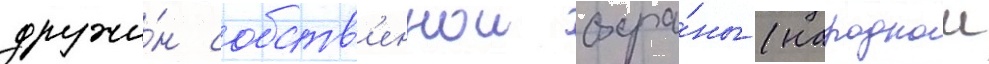
дружи́н собств'еннои охра́ны (народнои